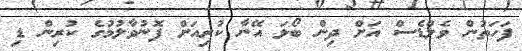
ފަހަތުން ވެލްޑެސް އަށް ދިން ބޯޅަ އޭނާ ކުރިއަށް ފޮނުވާލުމުގެ ކުރިން ޑި